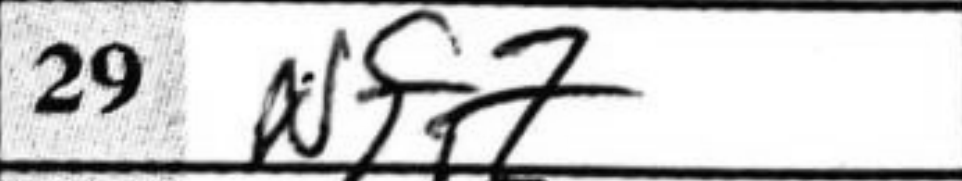
Transcription: Nf7